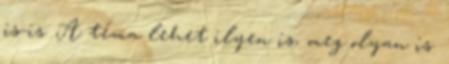
is-is. A téma lehet ilyen is, meg olyan is.